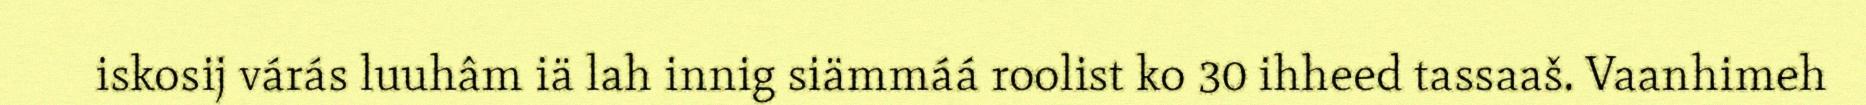
iskosij várás luuhâm iä lah innig siämmáá roolist ko 30 ihheed tassaaš. Vaanhimeh